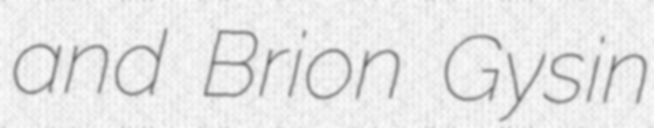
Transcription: and Brion Gysin